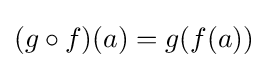
(g\circ f)(a)=g(f(a))